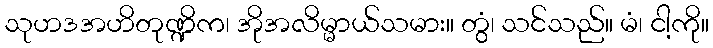
သုဟဒအဟိတုဏ္ဍိက၊ အိုအလိမ္မာယ်သမား။ တွံ၊ သင်သည်။ မံ၊ ငါ့ကို။